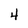
Character: 4